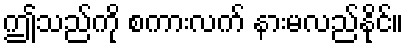
ဤသည်ကို စကားလက် နားမလည်နိုင်။